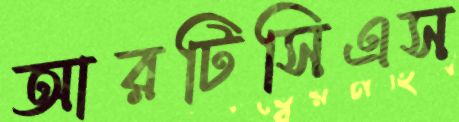
আরটিসিএস